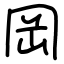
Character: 岡